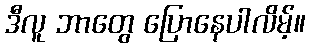
ဒီလူ ဘာတွေ ပြောနေပါလိမ့်။